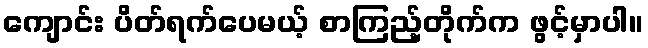
ကျောင်း ပိတ်ရက်ပေမယ့် စာကြည့်တိုက်က ဖွင့်မှာပါ။